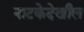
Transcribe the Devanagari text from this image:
नाटकेदेखील